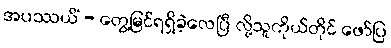
အပဿယိံ - တွေ့မြင်ရရှိခဲ့လေပြီ လို့သူကိုယ်တိုင် ဖော်ပြ